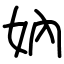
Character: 妠